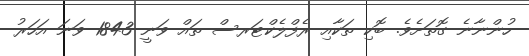
ހުންނާނެ ގޮތަށެވެ. ބޮކި ތަކާއި ރެފްލެކްޓަރސް ތައް ވަނީ 1843 ވަނަ އަހަރު